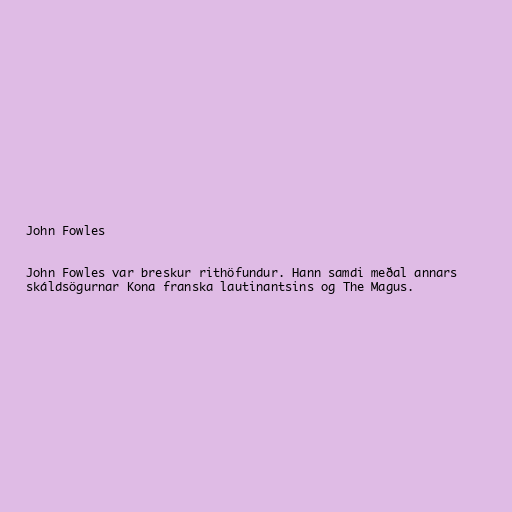
John Fowles

John Fowles var breskur rithöfundur. Hann samdi meðal annars
skáldsögurnar Kona franska lautinantsins og The Magus.